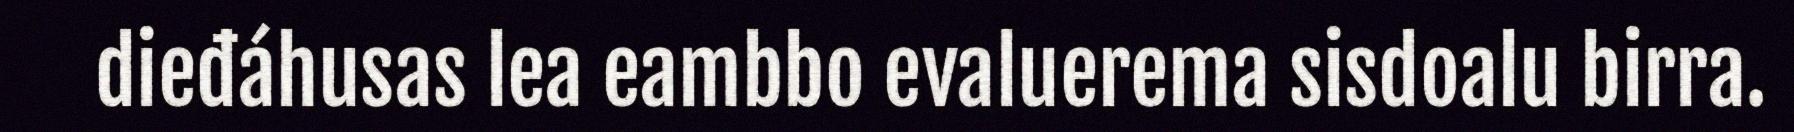
dieđáhusas lea eambbo evaluerema sisdoalu birra.